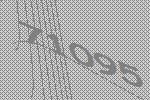
71095